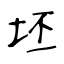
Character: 坯